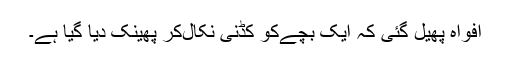
افواہ پھیل گئی کہ ایک بچےکو کڈنی نکال‌کر پھینک دیا گیا ہے۔